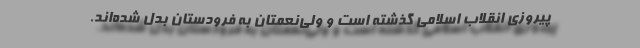
پيروزي انقلاب اسلامي گذشته است و ولي‌نعمتان به فرودستان بدل شده‌اند.